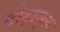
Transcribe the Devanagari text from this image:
टोड़ायुक्त